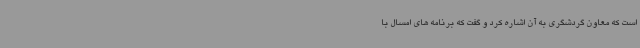
است که معاون گردشگری به آن اشاره کرد و گفت که برنامه های امسال با